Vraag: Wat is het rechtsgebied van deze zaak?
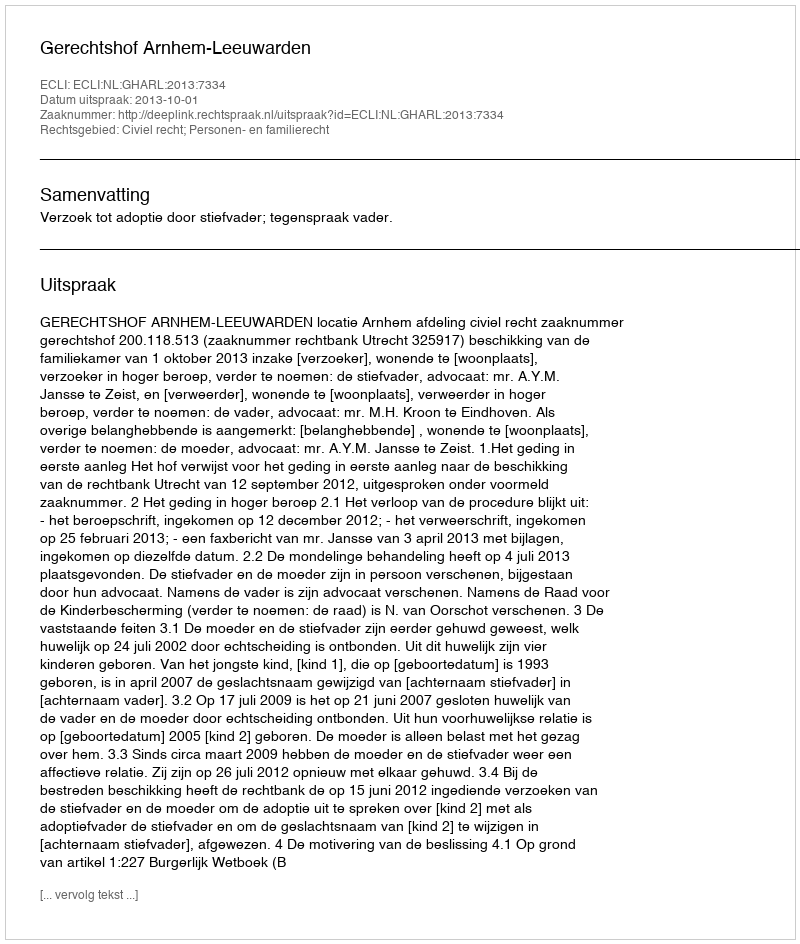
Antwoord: Civiel recht; Personen- en familierecht